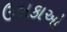
ઉલકાઓ